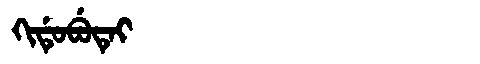
Manchu: ᡴᡳᡩᡠᠪᡠᡨᡝᡳ
Romanization: KIDUBUTEI